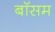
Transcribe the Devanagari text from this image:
बॉसम